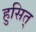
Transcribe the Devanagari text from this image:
हुसित्